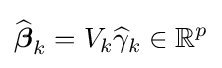
{\widehat {\boldsymbol {\beta }}}_{k}=V_{k}{\widehat {\gamma }}_{k}\in \mathbb {R} ^{p}